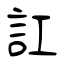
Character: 訌